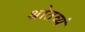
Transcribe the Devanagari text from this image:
श्रोतव्यं